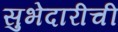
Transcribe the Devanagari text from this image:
सुभेदारीची